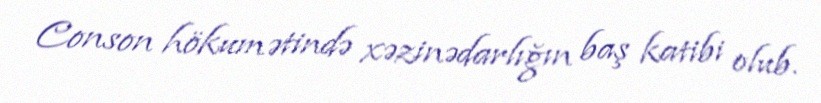
Conson hökumətində xəzinədarlığın baş katibi olub.